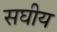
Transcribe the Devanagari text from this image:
सघीय